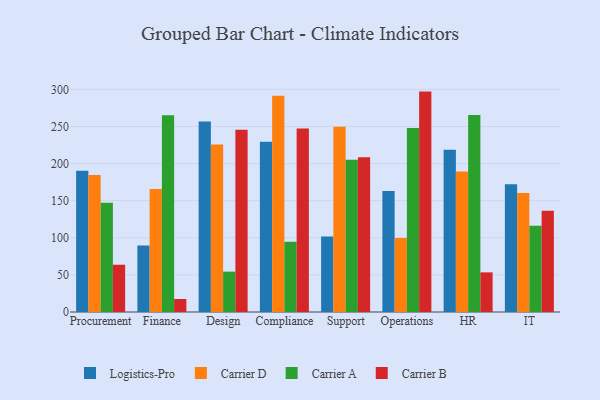
{"axis": {"x": "Department", "y": "Demand Index"}, "legend": ["Carrier A", "Carrier B", "Carrier D", "Logistics-Pro"], "data": [{"x": "Procurement", "y": 190.3, "type": "Logistics-Pro"}, {"x": "Procurement", "y": 184.6, "type": "Carrier D"}, {"x": "Procurement", "y": 147.2, "type": "Carrier A"}, {"x": "Procurement", "y": 63.7, "type": "Carrier B"}, {"x": "Finance", "y": 89.6, "type": "Logistics-Pro"}, {"x": "Finance", "y": 165.8, "type": "Carrier D"}, {"x": "Finance", "y": 265.0, "type": "Carrier A"}, {"x": "Finance", "y": 17.5, "type": "Carrier B"}, {"x": "Design", "y": 256.6, "type": "Logistics-Pro"}, {"x": "Design", "y": 225.6, "type": "Carrier D"}, {"x": "Design", "y": 54.4, "type": "Carrier A"}, {"x": "Design", "y": 245.6, "type": "Carrier B"}, {"x": "Compliance", "y": 229.5, "type": "Logistics-Pro"}, {"x": "Compliance", "y": 291.4, "type": "Carrier D"}, {"x": "Compliance", "y": 94.5, "type": "Carrier A"}, {"x": "Compliance", "y": 247.4, "type": "Carrier B"}, {"x": "Support", "y": 101.8, "type": "Logistics-Pro"}, {"x": "Support", "y": 249.6, "type": "Carrier D"}, {"x": "Support", "y": 205.1, "type": "Carrier A"}, {"x": "Support", "y": 208.5, "type": "Carrier B"}, {"x": "Operations", "y": 163.2, "type": "Logistics-Pro"}, {"x": "Operations", "y": 99.6, "type": "Carrier D"}, {"x": "Operations", "y": 247.9, "type": "Carrier A"}, {"x": "Operations", "y": 297.0, "type": "Carrier B"}, {"x": "HR", "y": 218.8, "type": "Logistics-Pro"}, {"x": "HR", "y": 189.4, "type": "Carrier D"}, {"x": "HR", "y": 265.4, "type": "Carrier A"}, {"x": "HR", "y": 53.4, "type": "Carrier B"}, {"x": "IT", "y": 172.3, "type": "Logistics-Pro"}, {"x": "IT", "y": 160.3, "type": "Carrier D"}, {"x": "IT", "y": 116.2, "type": "Carrier A"}, {"x": "IT", "y": 136.3, "type": "Carrier B"}]}